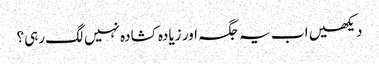
دیکھیں اب یہ جگہ اور زیادہ کشادہ نہیں لگ رہی؟